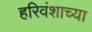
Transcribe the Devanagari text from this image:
हरिवंशाच्या